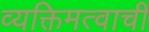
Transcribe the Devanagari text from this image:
व्यक्तिमत्वाची